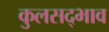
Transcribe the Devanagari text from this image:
कुलसद्भाव